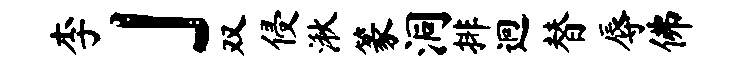
李」双侵湫篆洞排迥替辱佛